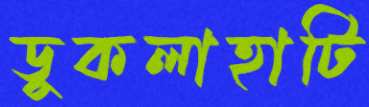
ডুকলাহাটি